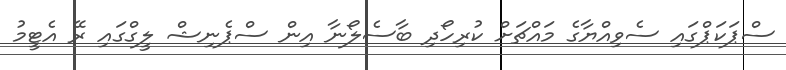
ސްޕަކަޕްގައި ސެވިއްޔާގެ މައްޗަށް ކުރިހޯދި ބާސެލޯނާ އިން ސްޕެނިޝް ލީގްގައި ރޭ އެޓީމު